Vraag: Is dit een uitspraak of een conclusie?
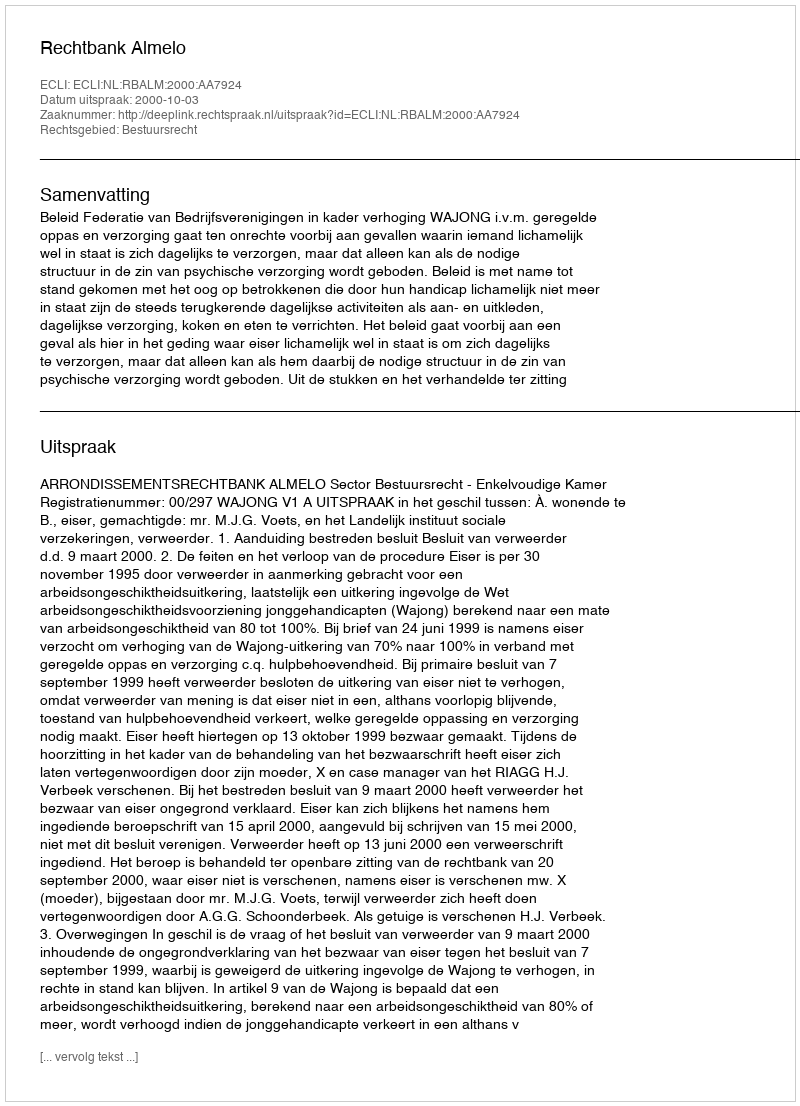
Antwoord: Uitspraak